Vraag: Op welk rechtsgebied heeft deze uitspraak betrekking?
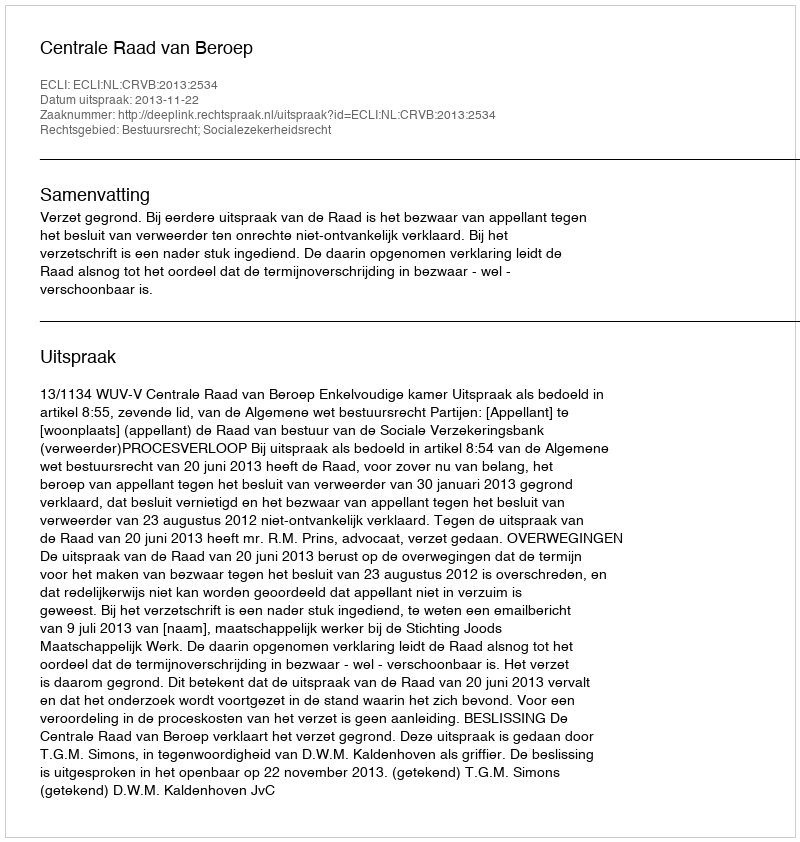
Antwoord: Bestuursrecht; Socialezekerheidsrecht